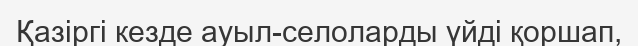
Қазіргі кезде ауыл-селоларды үйді қоршап,